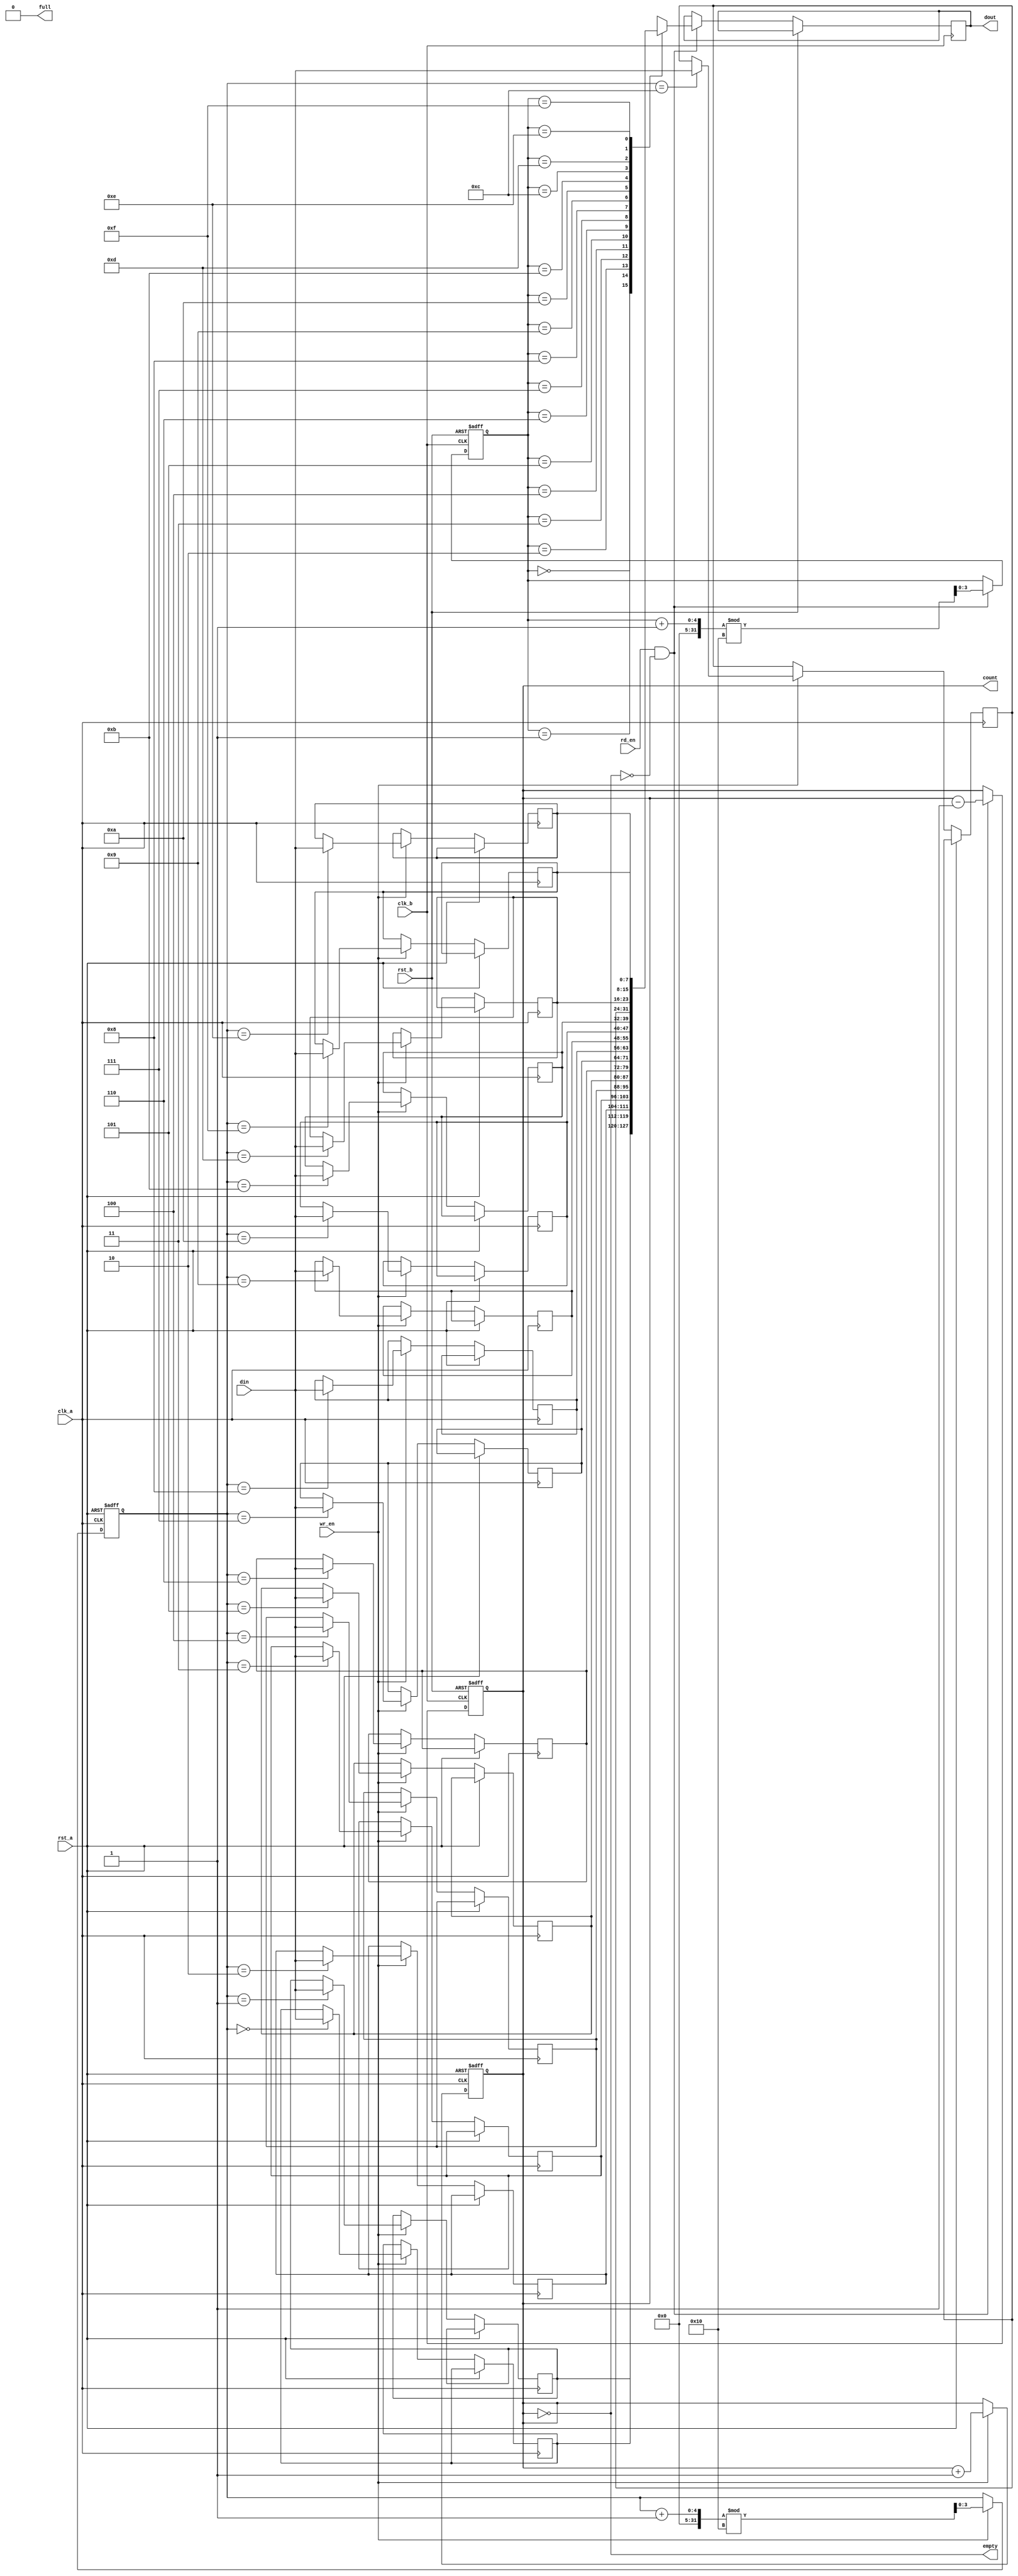
module fifo_sync #(
    parameter DATA_WIDTH = 8,
    parameter FIFO_DEPTH = 16
) (
    input wire clk_a,                // Source clock domain
    input wire clk_b,                // Destination clock domain
    input wire rst_a,                // Asynchronous reset for clk_a
    input wire rst_b,                // Asynchronous reset for clk_b
    input wire wr_en,                // Write enable signal
    input wire rd_en,                // Read enable signal
    input wire [DATA_WIDTH-1:0] din, // Data input
    output wire [DATA_WIDTH-1:0] dout, // Data output
    output wire full,                // FIFO full flag
    output wire empty,               // FIFO empty flag
    output wire [3:0] count          // FIFO element count
);

    // Internal FIFO memory
    reg [DATA_WIDTH-1:0] fifo_mem [0:FIFO_DEPTH-1];
    reg [3:0] wr_ptr = 4'b0;         // Write pointer
    reg [3:0] rd_ptr = 4'b0;         // Read pointer
    reg [3:0] fifo_count = 4'b0;     // Count of elements in FIFO

    // Write Logic (driven by clk_a)
    always @(posedge clk_a or posedge rst_a) begin
        if (rst_a) begin
            wr_ptr <= 4'b0;
            fifo_count <= 4'b0;
        end else if (wr_en && !full) begin
            fifo_mem[wr_ptr] <= din; // Write data into FIFO
            wr_ptr <= (wr_ptr + 1) % FIFO_DEPTH; // Circular buffer wrap
            fifo_count <= fifo_count + 1; // Increment count
        end
    end

    // Read Logic (driven by clk_b)
    always @(posedge clk_b or posedge rst_b) begin
        if (rst_b) begin
            rd_ptr <= 4'b0;
            fifo_count <= 4'b0;
        end else if (rd_en && !empty) begin
            dout <= fifo_mem[rd_ptr]; // Read data from FIFO
            rd_ptr <= (rd_ptr + 1) % FIFO_DEPTH; // Circular buffer wrap
            fifo_count <= fifo_count - 1; // Decrement count
        end
    end

    // Status Flags
    assign full = (fifo_count == FIFO_DEPTH);
    assign empty = (fifo_count == 0);
    assign count = fifo_count;

endmodule